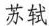
苏轼